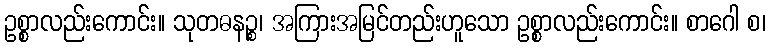
ဥစ္စာလည်းကောင်း။ သုတဓနဉ္စ၊ အကြားအမြင်တည်းဟူသော ဥစ္စာလည်းကောင်း။ စာဂေါ စ၊